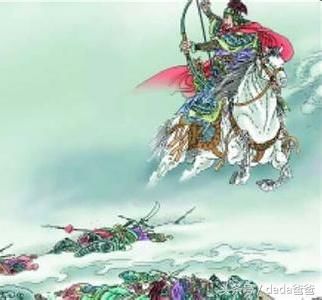
大漠沙如雪，燕山月似钩。